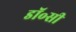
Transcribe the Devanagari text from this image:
डॉ॰सी